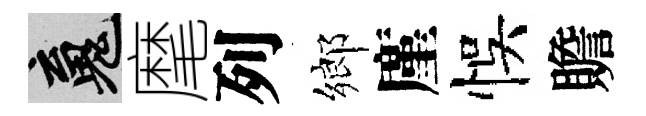
魂麾列鄉廑悞贍